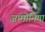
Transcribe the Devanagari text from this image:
जामोनिया